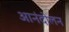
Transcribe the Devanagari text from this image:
आनंदोलन